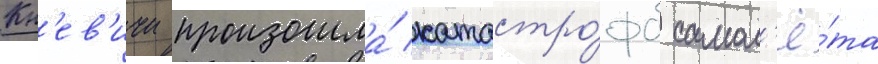
Кн'ев'ичи произошла́ катастро́фа самол'ё́та